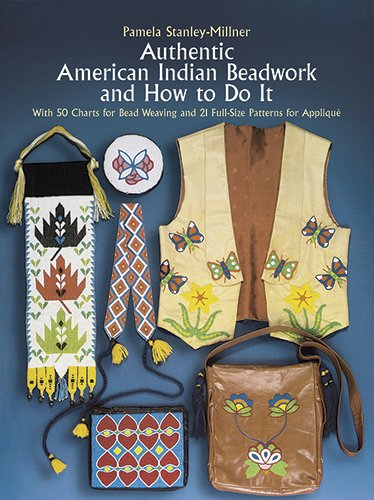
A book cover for Authentic American Indian Beadwork and How to Do It: With 50 Charts for Bead Weaving and 21 Full-Size Patterns for Applique; Pamela Stanley-Millner; Crafts, Hobbies & Home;